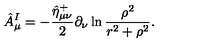
\hat { A } _ { \mu } ^ { I } = - \frac { \hat { \eta } _ { \mu \nu } ^ { + } } 2 \partial _ { \nu } \ln \frac { \rho ^ { 2 } } { r ^ { 2 } + \rho ^ { 2 } } .